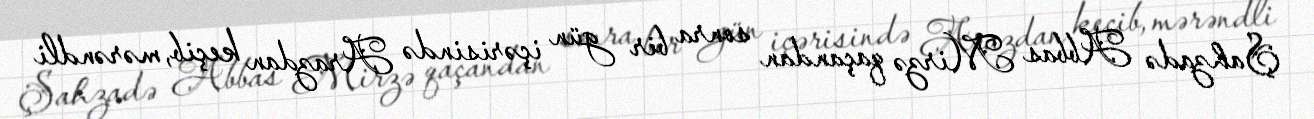
Şahzadə Abbas Mirzə qaçandan sonra bir gün içərisində Arazdan keçib, mərəndli